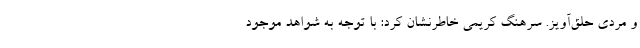
و مردی حلق‌آویز. سرهنگ کریمی خاطرنشان کرد: با توجه به شواهد موجود